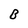
Character: B